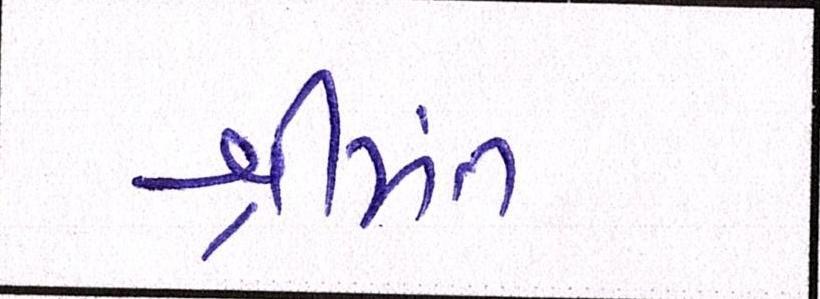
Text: શ્રીમંત